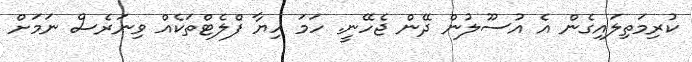
ކުރިމަތިލައިގެން އެ އުސޫލުން ދޭން ޖެހޭނީ. ހަމަ ހިޔާ ފްލެޓްތަކެއް ވިނަރެސް ނަމަށް